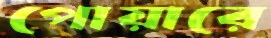
পোয়ারে